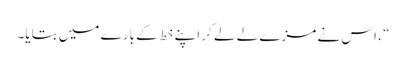
“ ، اس نے مزے لے لے کر اپنے خط کے بارے میں بتایا۔